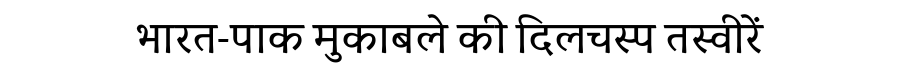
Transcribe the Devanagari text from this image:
भारत-पाक मुकाबले की दिलचस्प तस्वीरें